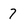
Character: 7